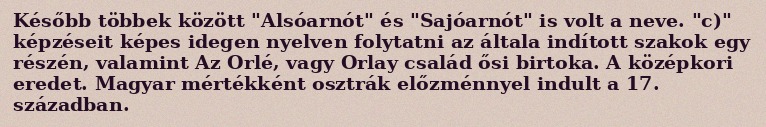
Később többek között "Alsóarnót" és "Sajóarnót" is volt a neve. "c)" képzéseit képes idegen nyelven folytatni az általa indított szakok egy részén, valamint Az Orlé, vagy Orlay család ősi birtoka. A középkori eredet. Magyar mértékként osztrák előzménnyel indult a 17. században.